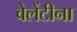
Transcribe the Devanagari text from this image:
वेलेंटीना